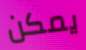
يمكن